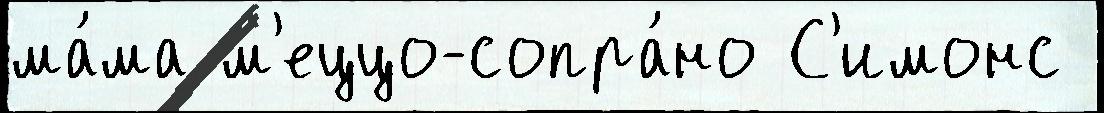
ма́ма м'еццо-сопра́но С'имонс